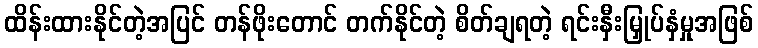
ထိန်းထားနိုင်တဲ့အပြင် တန်ဖိုးတောင် တက်နိုင်တဲ့ စိတ်ချရတဲ့ ရင်းနှီးမြှုပ်နှံမှုအဖြစ်